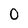
Character: 0